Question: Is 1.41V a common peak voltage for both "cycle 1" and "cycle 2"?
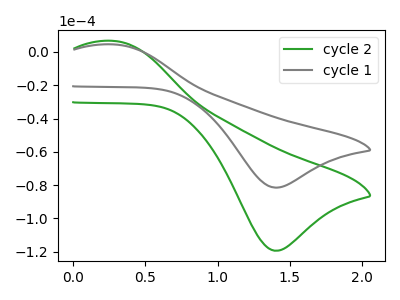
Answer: <think>The green curve "cycle 2" has an anodic peak at (0.30V, 6.65uA) and a cathodic peak at (1.40V, -119.45uA). The gray curve "cycle 1" has an anodic peak at (0.30V, 4.55uA) and a cathodic peak at (1.40V, -81.50uA).</think>
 <answer>Yes, "cycle 1" and "cycle 2" share a peak at 1.41V.</answer>
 <eval>match</eval>